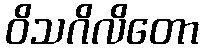
ဝိသဂိလိတော